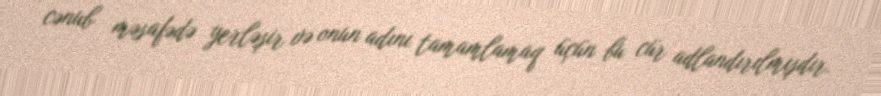
cənub məsafədə yerləşir və onun adını tamamlamaq üçün bu cür adlandırılmışdır.